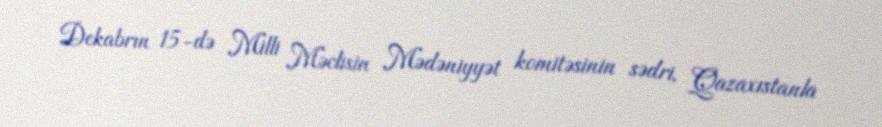
Dekabrın 15-də Milli Məclisin Mədəniyyət komitəsinin sədri, Qazaxıstanla